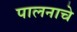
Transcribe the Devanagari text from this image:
पालनाचे